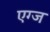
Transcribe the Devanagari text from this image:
एग्ज